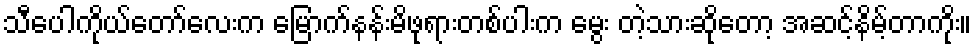
သီပေါကိုယ်တော်လေးက မြောက်နန်းမိဖုရားတစ်ပါးက မွေး တဲ့သားဆိုတော့ အဆင့်နိမ့်တာကိုး။